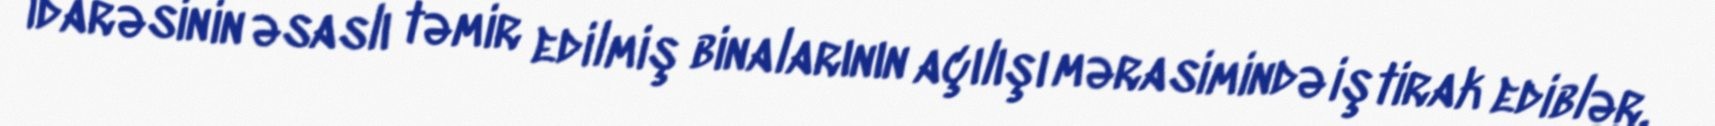
İdarəsinin əsaslı təmir edilmiş binalarının açılışı mərasimində iştirak ediblər.